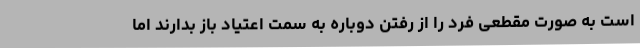
است به صورت مقطعی فرد را از رفتن دوباره به سمت اعتیاد باز بدارند اما